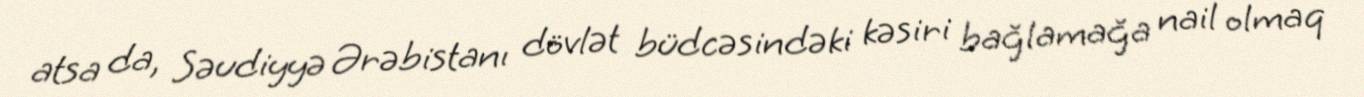
atsa da, Səudiyyə Ərəbistanı dövlət büdcəsindəki kəsiri bağlamağa nail olmaq